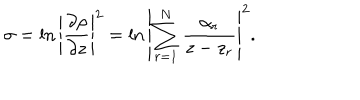
\sigma = \ln \left| { \frac { \partial \rho } { \partial z } } \right| ^ { 2 } = \ln \left| \sum _ { r = 1 } ^ { N } { \frac { \alpha _ { r } } { z - z _ { r } } } \right| ^ { 2 } .